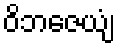
ဝိဘဇေယျံ